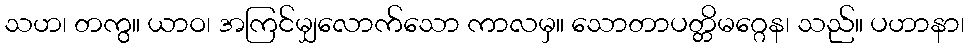
သဟ၊ တကွ။ ယာဝ၊ အကြင်မျှလောက်သော ကာလမှ။ သောတာပတ္တိမဂ္ဂေန၊ သည်။ ပဟာနာ၊